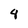
Character: 4